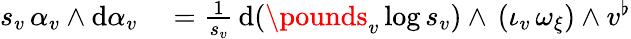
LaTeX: \begin{array}{rl}{s_{v}\, \alpha_{v}\wedge\mathrm{d}\alpha_{v}}&{{}=\frac{1}{s_{v}}\, \mathrm{d}(\pounds_{v}\log s_{v})\wedge\, (\iota_{v}\, \omega_{\xi})\wedge v^{\flat}}\end{array}